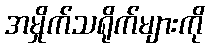
အမှိုက်သရိုက်များကို